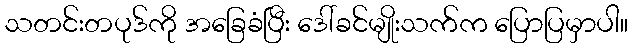
သတင်းတပုဒ်ကို အခြေခံပြီး ဒေါ်ခင်မျိုးသက်က ပြောပြမှာပါ။